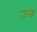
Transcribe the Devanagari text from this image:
उछ